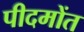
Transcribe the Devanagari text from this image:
पीदमोंत